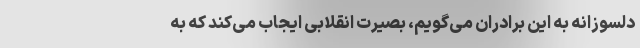
دلسوزانه به این برادران می‌گویم، بصیرت انقلابی ایجاب می‌کند که به